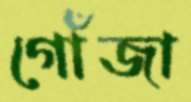
গোঁজা